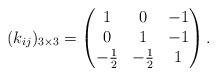
LaTeX: \begin{align*}(k_{ij})_{3\times 3}=\left(\begin{matrix}1 & 0 &-1\\0 & 1 &-1\\-\frac12 & -\frac12 & 1\end{matrix}\right).\end{align*}